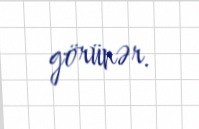
görünər.